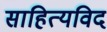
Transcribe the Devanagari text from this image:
साहित्यविद